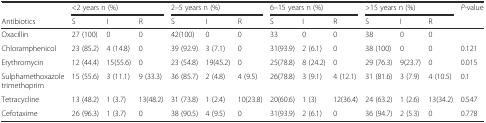
|  | <COLSPAN=3> <2 years n (%) | <COLSPAN=3> 2–5 years n (%) | <COLSPAN=3> 6–15 years n (%) | <COLSPAN=3> >15 years n (%) | P-value |
 | Antibiotics | S | I | R | S | I | R | S | I | R | S | I | R |  |
 | --- | --- | --- | --- | --- | --- | --- | --- | --- | --- | --- | --- | --- | --- |
 | Oxacillin | 27 (100) | 0 | 0 | 42(100) | 0 | 0 | 33 | 0 | 0 | 38 | 0 | 0 |  |
 | Chloramphenicol | 23 (85.2) | 4 (14.8) | 0 | 39 (92.9) | 3 (7.1) | 0 | 31(93.9) | 2 (6.1) | 0 | 38 (100) | 0 | 0 | 0.121 |
 | Erythromycin | 12 (44.4) | 15(55.6) | 0 | 23 (54.8) | 19(45.2) | 0 | 25(78.8) | 8 (24.2) | 0 | 29 (76.3) | 9(23.7) | 0 | 0.015 |
 | Sulphamethoxazole trimethoprim | 15 (55.6) | 3 (11.1) | 9 (33.3) | 36 (85.7) | 2 (4.8) | 4 (9.5) | 26(78.8) | 3 (9.1) | 4 (12.1) | 31 (81.6) | 3 (7.9) | 4 (10.5) | 0.1 |
 | Tetracycline | 13 (48.2) | 1 (3.7) | 13(48.2) | 31 (73.8) | 1 (2.4) | 10(23.8) | 20(60.6) | 1 (3) | 12(36.4) | 24 (63.2) | 1 (2.6) | 13(34.2) | 0.547 |
 | Cefotaxime | 26 (96.3) | 1 (3.7) | 0 | 38 (90.5) | 4 (9.5) | 0 | 31(93.9) | 2 (6.1) | 0 | 36 (94.7) | 2 (5.3) | 0 | 0.778 |